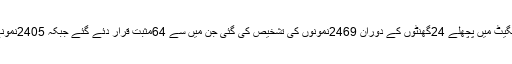
سی ڈی اسپتال ڈلگیٹ میں پچھلے 24گھنٹوں کے دوران 2469نمونوں کی تشخیص کی گئی جن میں سے 64مثبت قرار دئے گئے جبکہ 2405نمونے منفی آئیں ہیں۔